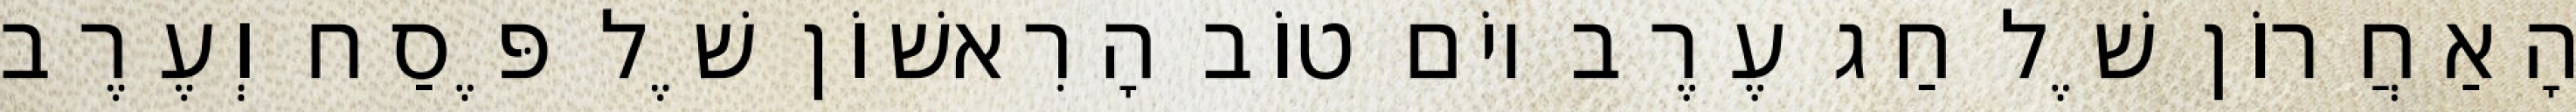
הָאַחֲרוֹן שֶׁל חַג עֶרֶב יוֹם טוֹב הָרִאשׁוֹן שֶׁל פֶּסַח וְעֶרֶב